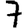
Digit: 7